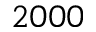
2 0 0 0